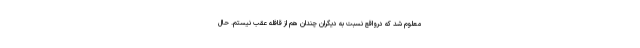
معلوم شد که درواقع نسبت به دیگران چندان هم از قافله عقب نیستم. حال